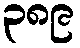
၃၈၉